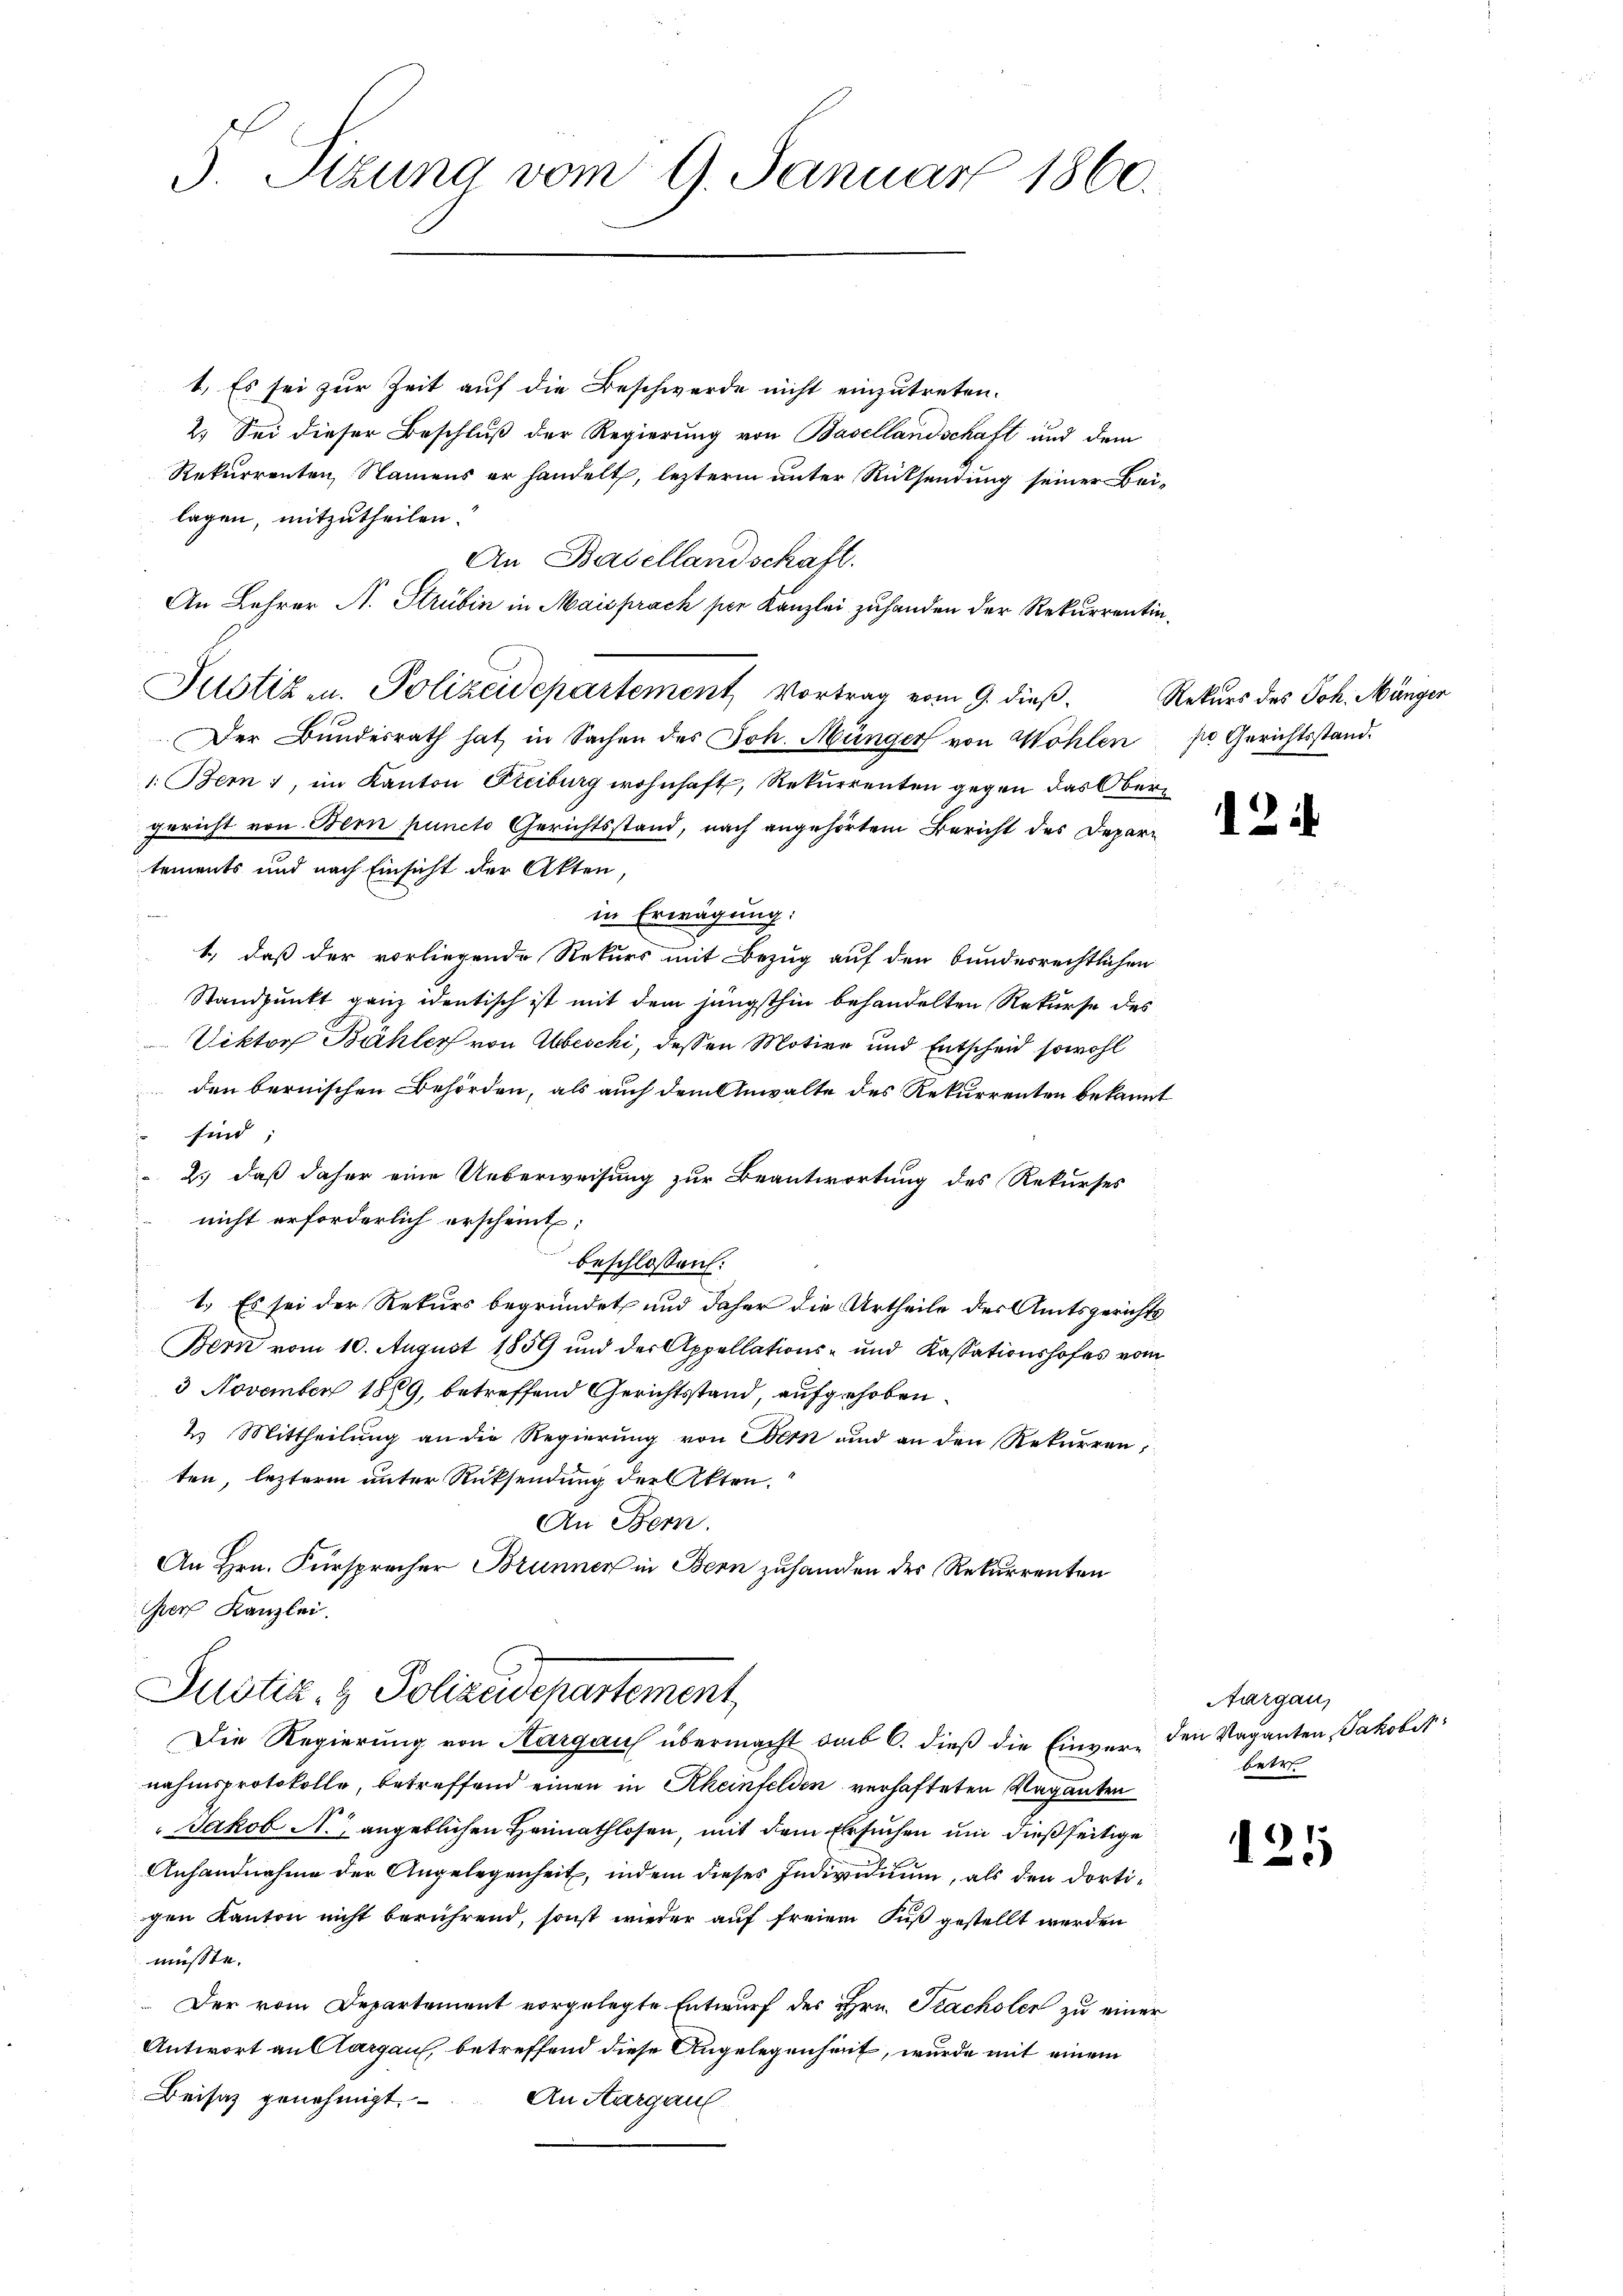
3. Sizung vom 9. Januar 1860.

1. Es sei zur Zeit auf die Beschwerde nicht einzutreten.
2. Sei dieser Beschluß der Regierung von Basellandschaft und dem
Rekurrenten, Namens er handelt, lezterm unter Rücksendung seiner Bei-
lagen, mitzutheilen.
An Basellandschaft.
An Lehrer N. Strubin in Maisprach per Kanzlei zuhanden der Rekurrentin¬
Der Bundesrath hat in Sachen des Joh. Münger von Wohlen pr. Gerichtsstand-
1. Bern, im Kanton Freiburg wohnhaft, Rekurrenten gegen das Obergericht von Bern puncto Gerichtsstand, nach angehörtem Bericht des Depari
tements und nach Einsicht der Akten,
in Erwägung:
1., daß der vorliegende Rekurs mit Bezug auf den bundesrechtlichen
Standpunkt ganz identisch ist mit dem jüngsthin behandelten Rekurse des
Viktor Bühler von Abbeschi, deßen Motive und Entscheid sowohl
den bernischen Behörden, als auch dem Anwalte des Rekurrenten bekannt
sind;
2.) daß daher eine Ueberweisung zur Beantwortung des Rekurses
nicht erforderlich erscheint:
beschlossen:
1.) Es sei der Rekurs begründet und daher die Urtheile des Amtsgerichts
Bern vom 10. August 1859 und der Appellations- und Kassationshofes vom
3 November 1889, betreffend Gerichtsstand, aufgehoben.
2. Mittheilung an die Regierung von Bern und an den Rekurren,
ten, lezterm unter Rücksendung der Akten.
An Bern.
An Hrn. Fürsprecher Brunnen in Bern zuhanden des Rekurrenten
Ger Kanzlei.
Justiz- & Polizeidepartement,
Die Regierŭng von Kargau übermacht sub 6. dieβ die Einver- den Vaganten Jakobet
nahmsprotokolle, betreffend einen in Rheinfelden verhafteten Vaganten
Jakob A., angeblichen Heimathlosen, mit dem Ersuchen und dießseitige
Anhandnahme der Angelegenheit, indem dieses Individuum, als den dortigen Kanton nicht berührend, sonst wieder auf freiem Fuß gestellt werden
müsste.
Der vom Departement vorgelegte Entwurf des Hrn. Tracholen zu einer
Antwort an Aargau, betreffend diese Angelegenheit, wurde mit einem
Beisatz genehmigt. An Aargau

Justiz u. Polizeidepartement, Vortrag vom 9. dieß

Rekurs des Joh. Münger

12.

121

Aargau,
betre